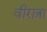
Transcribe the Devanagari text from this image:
वीरात्रा